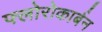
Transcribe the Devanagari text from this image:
फ्लोरोकार्बन